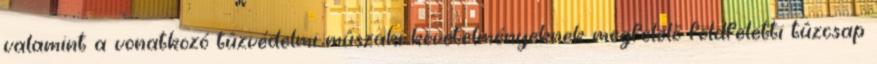
valamint a vonatkozó tûzvédelmi mûszaki követelményeknek megfelelõ földfeletti tûzcsap